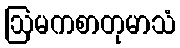
ဩမကစာတုမာသံ